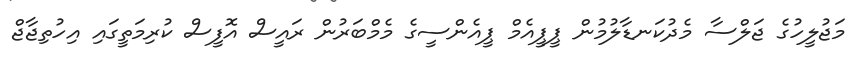
މަޖުލީހުގެ ޖަލްސާ މެދުކަނޑާލުމުން ޕީޕީއެމް ޕީއެންސީގެ މެމްބަރުން ރައީސް އޮފީސް ކުރިމަތީގައި އިހުތިޖާޖް